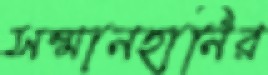
সম্মানহানির